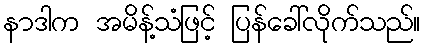
နာဒါက အမိန့်သံဖြင့် ပြန်ခေါ်လိုက်သည်။